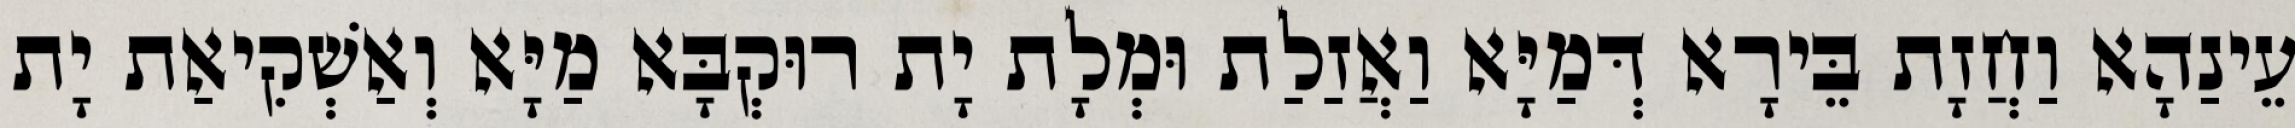
עֵינַהָא וַחֲזָת בֵּירָא דְּמַיָּא וַאֲזַלַת וּמְלָת יָת רוּקְבָּא מַיָּא וְאַשְׁקִיאַת יָת